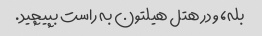
بله، و در هتل هیلتون به راست بپیچید.